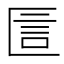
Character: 𠥇